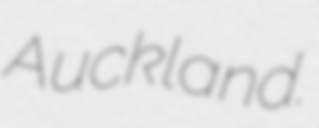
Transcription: Auckland.